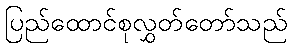
ပြည်ထောင်စုလွှတ်တော်သည်